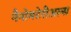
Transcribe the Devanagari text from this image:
नैनोमटेरीअल्स